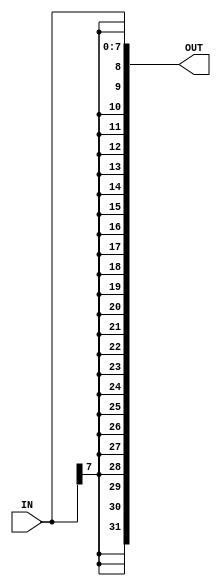
/*
Authers     : WIJERATHNA I.M.K.D.I.     e19446@eng.pdn.ac.lk
              DISSANAYAKE D.M.I.G.      e19090@eng.pdn.ac.lk
Lab         : Lab 5 part 4
              sign_extend.v
Last Updated: Tuesday, May 30, 2023 8:14:30 PM
*/

module sign_extend(IN,OUT);
    //declaring ports
    input [7:0] IN;
    output reg [31:0] OUT;

    //always block to offset
    always @(IN) begin
        OUT={{24{IN[7]}},IN};
    end
endmodule